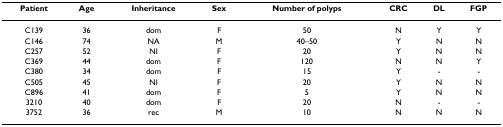
<table><thead><tr><td><b>Patient</b></td><td><b>Age</b></td><td><b>Inheritance</b></td><td><b>Sex</b></td><td><b>Number of polyps</b></td><td><b>CRC</b></td><td><b>DL</b></td><td><b>FGP</b></td></tr></thead><tbody><tr><td>C139</td><td>36</td><td>dom</td><td>F</td><td>50</td><td>N</td><td>Y</td><td>Y</td></tr><tr><td>C146</td><td>74</td><td>NA</td><td>M</td><td>40–50</td><td>Y</td><td>N</td><td>N</td></tr><tr><td>C257</td><td>52</td><td>NI</td><td>F</td><td>20</td><td>Y</td><td>N</td><td>N</td></tr><tr><td>C369</td><td>44</td><td>dom</td><td>F</td><td>120</td><td>N</td><td>N</td><td>Y</td></tr><tr><td>C380</td><td>34</td><td>dom</td><td>F</td><td>15</td><td>Y</td><td>-</td><td>-</td></tr><tr><td>C505</td><td>45</td><td>NI</td><td>F</td><td>20</td><td>Y</td><td>N</td><td>N</td></tr><tr><td>C896</td><td>41</td><td>dom</td><td>F</td><td>5</td><td>Y</td><td>N</td><td>N</td></tr><tr><td>3210</td><td>40</td><td>dom</td><td>F</td><td>20</td><td>N</td><td>-</td><td>-</td></tr><tr><td>3752</td><td>36</td><td>rec</td><td>M</td><td>10</td><td>N</td><td>N</td><td>N</td></tr></tbody></table>